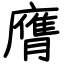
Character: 膺